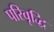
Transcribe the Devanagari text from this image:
परिवृद्धि